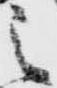
之